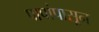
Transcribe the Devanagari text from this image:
पापांपासून